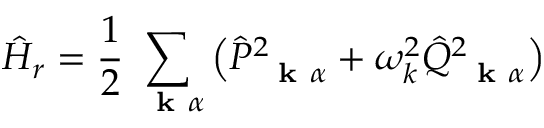
\hat { H } _ { r } = \frac { 1 } { 2 } \sum _ { \mathrm { ~ \bf ~ k ~ } \alpha } \left( \hat { P } _ { \mathrm { ~ \bf ~ k ~ } \alpha } ^ { 2 } + \omega _ { k } ^ { 2 } \hat { Q } _ { \mathrm { ~ \bf ~ k ~ } \alpha } ^ { 2 } \right)